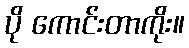
ပို ကောင်းတာကိုး။